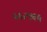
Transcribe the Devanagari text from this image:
५६२९६५